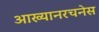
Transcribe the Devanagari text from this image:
आख्यानरचनेस